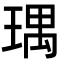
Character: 㻦